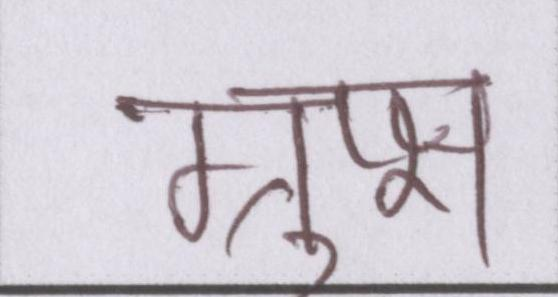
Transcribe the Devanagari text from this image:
ग्रुप्स